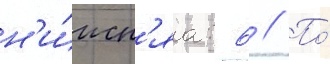
н'и́жн'яа: 6 // По́